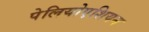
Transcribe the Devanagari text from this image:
पेलियोएशियन